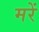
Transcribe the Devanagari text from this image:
मरें